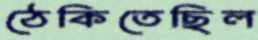
ঠেকিতেছিল